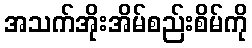
အသက်အိုးအိမ်စည်းစိမ်ကို